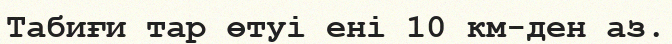
Табиғи тар өтуі ені 10 км-ден аз.